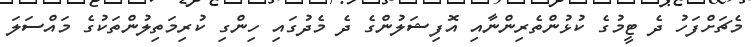
މެޗަށްފަހު ދެ ޓީމުގެ ކުޅުންތެރިންނާއި އޮފިޝަލުންގެ ދެ މެދުގައި ހިންގި ކުރިމަތިލުންތަކުގެ މައްސަލަ